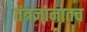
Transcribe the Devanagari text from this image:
तंत्रज्ञानातच